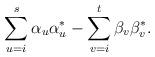
LaTeX: \begin{align*} \sum_{u=i}^s \alpha_u\alpha^*_u - \sum_{v=i}^t \beta_v\beta_v^*.\end{align*}